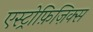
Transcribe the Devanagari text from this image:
एस्ट्रोफ़िज़िक्स